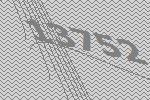
13752